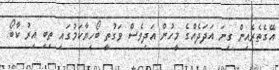
އޭގެތެރެއިން ގިނަ އަދަދެއްގެ މީހުން އަދިވެސް ވަގުތީ ބޯހިޔާކަމުގައި ތިބި އިރު ކާބޯ